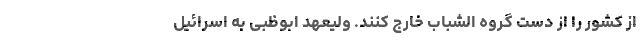
از کشور را از دست گروه الشباب خارج کنند. ولیعهد ابوظبی به اسرائیل